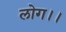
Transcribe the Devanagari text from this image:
लोग।।